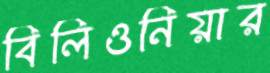
বিলিওনিয়ার